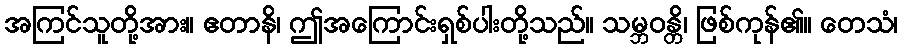
အကြင်သူတို့အား။ ဧတာနိ၊ ဤအကြောင်းရှစ်ပါးတို့သည်။ သမ္ဘဝန္တိ၊ ဖြစ်ကုန်၏။ တေသံ၊